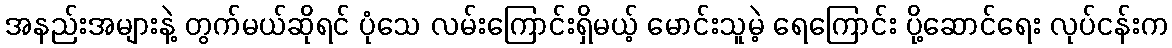
အနည်းအများနဲ့ တွက်မယ်ဆိုရင် ပုံသေ လမ်းကြောင်းရှိမယ့် မောင်းသူမဲ့ ရေကြောင်း ပို့ဆောင်ရေး လုပ်ငန်းက